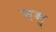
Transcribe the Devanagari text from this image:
नम्‌